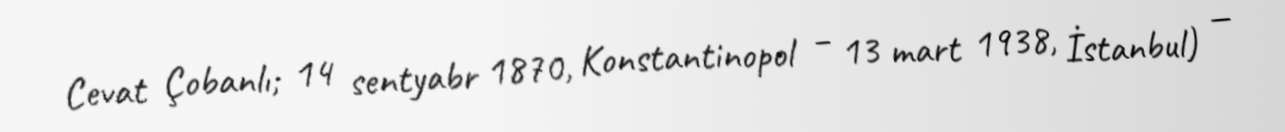
Cevat Çobanlı; 14 sentyabr 1870, Konstantinopol – 13 mart 1938, İstanbul) —